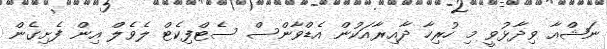
ނަޝްއާ ވިދާޅުވީ މި ހުރިހާ ދާއިރާއަކުން އެޑްވާންސް ސެޓްފިކެޓް ލެވެލް އިން ފެށިގެން